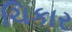
ચિકાર